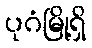
ပုဂံမြို့ရှိ